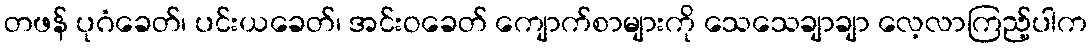
တဖန် ပုဂံခေတ်၊ ပင်းယခေတ်၊ အင်းဝခေတ် ကျောက်စာများကို သေသေချာချာ လေ့လာကြည့်ပါက